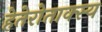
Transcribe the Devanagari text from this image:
हेतेरोताक्स्य